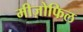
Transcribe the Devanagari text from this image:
मीज़ोफिल